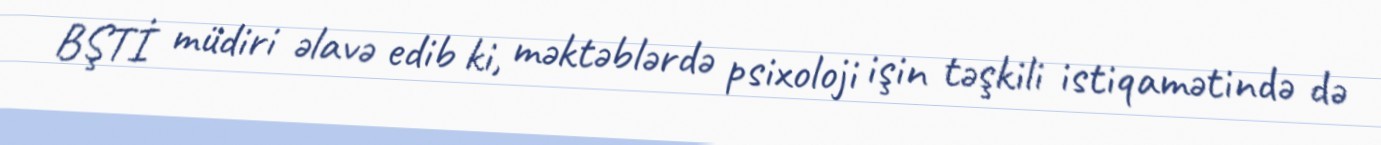
BŞTİ müdiri əlavə edib ki, məktəblərdə psixoloji işin təşkili istiqamətində də